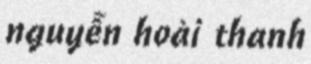
nguyễn hoài thanh